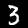
Label: 3